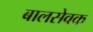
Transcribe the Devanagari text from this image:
बालसेवक